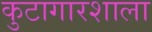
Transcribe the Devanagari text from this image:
कुटागारशाला